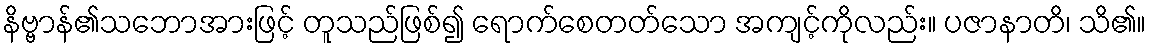
နိဗ္ဗာန်၏သဘောအားဖြင့် တူသည်ဖြစ်၍ ရောက်စေတတ်သော အကျင့်ကိုလည်း။ ပဇာနာတိ၊ သိ၏။